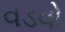
વડવો